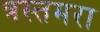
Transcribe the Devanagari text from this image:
त्रस्तमरा